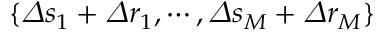
\{ \varDelta s _ { 1 } + \varDelta r _ { 1 } , \cdots , \varDelta s _ { M } + \varDelta r _ { M } \}